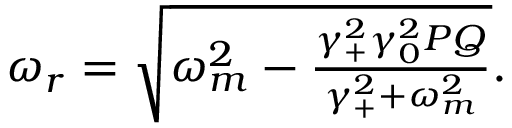
\begin{array} { r } { \omega _ { r } = \sqrt { \omega _ { m } ^ { 2 } - \frac { \gamma _ { + } ^ { 2 } \gamma _ { 0 } ^ { 2 } P Q } { \gamma _ { + } ^ { 2 } + \omega _ { m } ^ { 2 } } } . } \end{array}